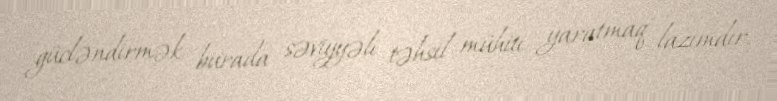
gücləndirmək, burada səviyyəli təhsil mühiti yaratmaq lazımdır.